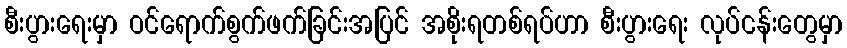
စီးပွားရေးမှာ ဝင်ရောက်စွက်ဖက်ခြင်းအပြင် အစိုးရတစ်ရပ်ဟာ စီးပွားရေး လုပ်ငန်းတွေမှာ